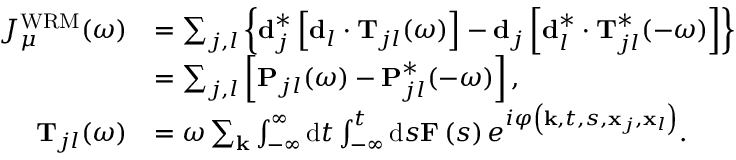
\begin{array} { r l } { J _ { \mu } ^ { \mathrm { W R M } } ( \omega ) } & { = \sum _ { j , l } \left\{ \mathbf { d } _ { j } ^ { * } \left[ \mathbf { d } _ { l } \cdot \mathbf { T } _ { j l } ( \omega ) \right] - \mathbf { d } _ { j } \left[ \mathbf { d } _ { l } ^ { * } \cdot \mathbf { T } _ { j l } ^ { * } ( - \omega ) \right] \right\} } \\ & { = \sum _ { j , l } \left[ \mathbf { P } _ { j l } ( \omega ) - \mathbf { P } _ { j l } ^ { * } ( - \omega ) \right] , } \\ { \mathbf { T } _ { j l } ( \omega ) } & { = \omega \sum _ { \mathbf { k } } \int _ { - \infty } ^ { \infty } \mathrm { d } t \int _ { - \infty } ^ { t } \mathrm { d } s \mathbf { F } \left( s \right) e ^ { i \varphi \left( \mathbf { k } , t , s , \mathbf { x } _ { j } , \mathbf { x } _ { l } \right) } . } \end{array}